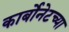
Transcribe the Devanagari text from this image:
कार्बोनेटच्या